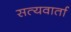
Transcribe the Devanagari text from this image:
सत्यवार्ता